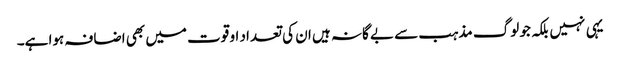
یہی نہیں بلکہ جو لوگ مذہب سے بے گانہ ہیں ان کی تعداد او قوت میں بھی اضافہ ہوا ہے۔